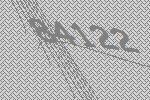
84122